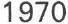
1970